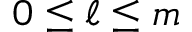
0 \leq \ell \leq m